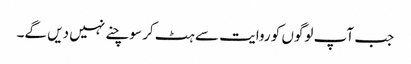
جب آپ لوگوں کو روایت سے ہٹ کر سوچنے نہیں دیں گے۔